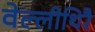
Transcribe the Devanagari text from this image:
वेल्लीथिरै